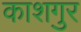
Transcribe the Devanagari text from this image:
काशगुर